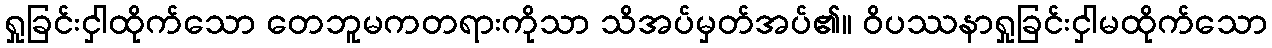
ရှုခြင်းငှါထိုက်သော တေဘူမကတရားကိုသာ သိအပ်မှတ်အပ်၏။ ဝိပဿနာရှုခြင်းငှါမထိုက်သော